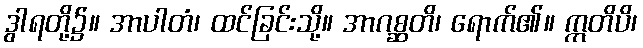
ဒွါရတို့၌။ အာပါတံ၊ ထင်ခြင်းသို့။ အာဂစ္ဆတိ၊ ရောက်၏။ ဣတိပိ၊